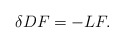
\begin{align*}\delta DF=-LF. \end{align*}